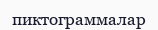
пиктограммалар